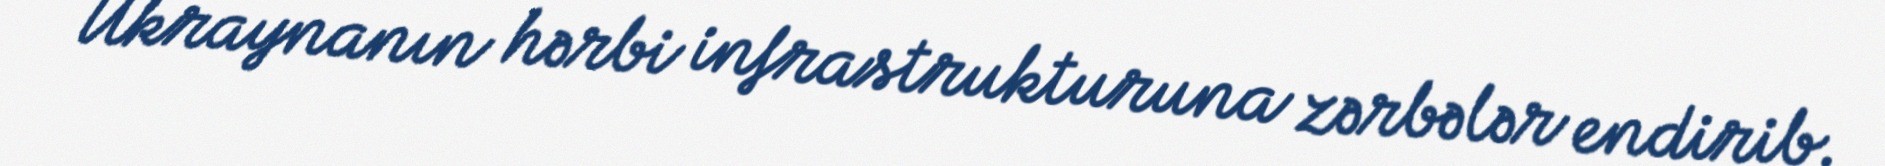
Ukraynanın hərbi infrastrukturuna zərbələr endirib.